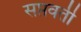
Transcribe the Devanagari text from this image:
सप्तवती